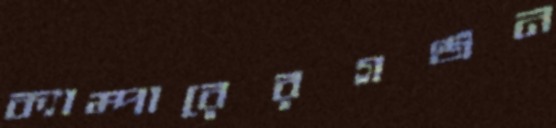
ক্যাম্পারেরগঞ্জন